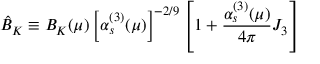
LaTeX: \hat { B } _ { K } \equiv B _ { K } ( \mu ) \left[ \alpha _ { s } ^ { ( 3 ) } ( \mu ) \right] ^ { - 2 / 9 } \left[ 1 + \frac { \alpha _ { s } ^ { ( 3 ) } ( \mu ) } { 4 \pi } J _ { 3 } \right]